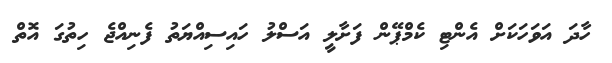
ހާދަ އަވަހަކަށް އެންޓި ކެމްޕޭން ފަށާލީ އަސްލު ހައިސިއްޔަތު ފެނިއްޖެ ހިތުގަ އޮތް